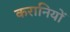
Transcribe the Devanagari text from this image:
करानियों